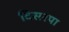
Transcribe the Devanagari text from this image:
दिसरया